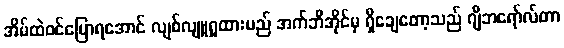
အိမ်ထဲဝင်ပြောရအောင် လျစ်လျူရှုထားမည် အက်ဘီအိုင်မှ ရှိချေတော့သည် ဂျီဘရော်လ်တာ